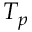
T _ { p }